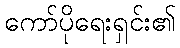
ကော်ပိုရေးရှင်း၏